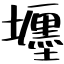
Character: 壥